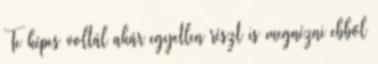
Te képes voltál akár egyetlen részt is megnézni ebből